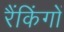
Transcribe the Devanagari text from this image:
रैंकिंगों